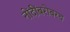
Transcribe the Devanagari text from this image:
नोंदींबरोबरच